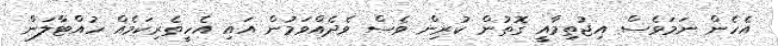
އެހެން ނަމަވެސް އިޖުތިމާއީ ގޮތުން ކުރިން ވެސް ވެދެއްވަމުން އައި އެހީތެރިކަމެއް ހުއްޓާލަން